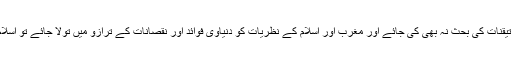
یعنی اگر الوہیات، ایمانیات اور تیقّنات کی بحث نہ بھی کی جائے اور مغرب اور اسلام کے نظریات کو دنیاوی فوائد اور نقصانات کے ترازو میں تولا جائے تو اسلام بے انتہا بھاری ثابت ہوتا ہے۔